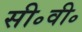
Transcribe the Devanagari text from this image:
सी॰वी॰